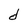
Character: d